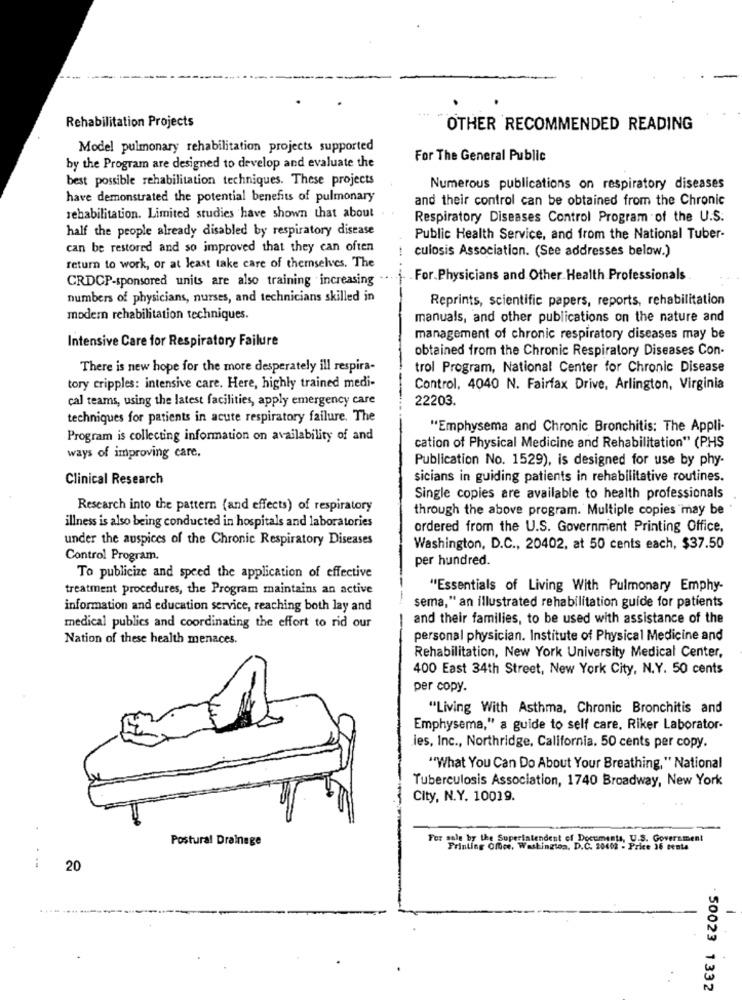
Rehabilitation Projects
OTHER RECOMMENDED READING
Model pulmonary rehabilitation projects supported
For The General Public
by the Program are designed to develop and evaluate the
best possible rehabilitation techniques. These projects
Numerous publications on respiratory diseases
have demonstrated the potential benefits of pulmonary
and their control can be obtained from the Chronic
rehabilitation. Limited studies have shown that about
Respiratory Diseases Control Program of the U.S.
half the people already disabled by respiratory disease
Public Health Service, and from the National Tuber-
can be restored and so improved that they can often
culosis Association. (See addresses below.)
-
return to work, or at least take care of themselves. The
CRDCP-sponsored units are also training increasing
- For.Physicians and Other Health Professionals
numbers of physicians, nurses, and technicians skilled in
Reprints, scientific papers, reports, rehabilitation
modern rehabilitation techniques.
manuals, and other publications on the nature and
Intensive Care for Respiratory Failure
management of chronic respiratory diseases may be
obtained from the Chronic Respiratory Diseases Con-
There is new hope for the more desperately ill respira-
trol Program, National Center for Chronic Disease
tory cripples: intensive care. Here, highly trained medi-
Control, 4040 N. Fairfax Drive, Arlington, Virginia
cal teams, using the latest facilities, apply emergency care
22203.
techniques for patients in acute respiratory failure. The
"Emphysema and Chronic Bronchitis: The Appli-
Program is collecting information on availability of and
cation of Physical Medicine and Rehabilitation" (PHS
ways of improving care,
Publication No. 1529), is designed for use by phy-
Clinical Research
sicians in guiding patients in rehabilitative routines.
Single copies are available to health professionals
Research into the pattern (and effects) of respiratory
through the above program. Multiple copies may be
illness is also being conducted in hospitals and laboratories
ordered from the U.S. Government Printing Office.
under the auspices of the Chronic Respiratory Diseases
Washington, D.C ., 20402, at 50 cents each, $37.50
Control Program,
per hundred.
To publicize and speed the application of effective
treatment procedures, the Program maintains an active
"Essentials of Living With Pulmonary Emphy-
information and education service, reaching both lay and
sema," an illustrated rehabilitation guide for patients
and their families, to be used with assistance of the
medical publics and coordinating the effort to rid our
Nation of these health menaces.
personal physician. Institute of Physical Medicine and
Rehabilitation, New York University Medical Center,
400 East 34th Street, New York City, N.Y. 50 cents
per copy.
"Living With Asthma, Chronic Bronchitis and
Emphysema," a guide to self care, Riker Laborator-
les, Inc ., Northridge, California. 50 cents per copy.
"What You Can Do About Your Breathing," National
Tuberculosis Association, 1740 Broadway, New York
City, N.Y. 10019.
-
Postural Drainage
For sale by the Superintendent of Documents, U.S. Government
Printing Office, Washington, D.C. 20402 - Price 36 cents
...
20
......
. 50023 1332